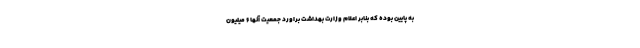
به پایین بوده که بنابر اعلام وزارت بهداشت براورد جمعیت آنها ۶ میلیون